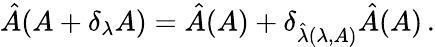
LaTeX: \hat{A}(A+\delta_{\lambda}A)=\hat{A}(A)+\delta_{\hat{\lambda}(\lambda,A)}\hat{A}(A)\, .